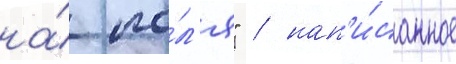
на́ по́л'я" / нап'и́санное